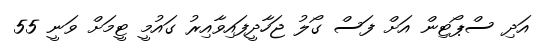
އަދި ސްޕޯޓިން އަށް ފަސް ގޯލު ޖަހާދީފައިވާއިރު ގައުމީ ޓީމަށް ވަނީ 55